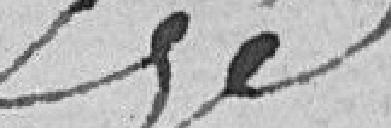
??